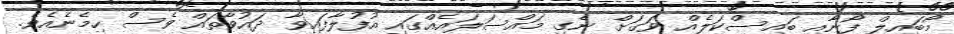
މޯބައިލް ފޯނާއި ބައިސްކަލެއް ވަގަށް ނެގި މައްސަލައެއްގައި އުފުލާފައިވާ ދައުވާތައް ވެސް ހިމެނެއެވެ.